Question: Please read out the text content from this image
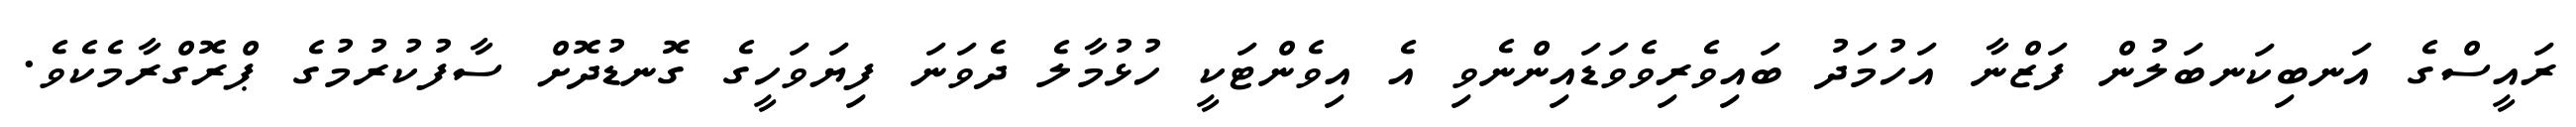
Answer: ރައީސްގެ އަނބިކަނބަލުން ފަޒްނާ އަހުމަދު ބައިވެރިވެވަޑައިންނެވި އެ އިވެންޓަކީ ހުޅުމާލެ ދެވަނަ ފިޔަވަހީގެ ގޮނޑުދޮށް ސާފުކުރުމުގެ ޕްރޮގްރާމެކެވެ.